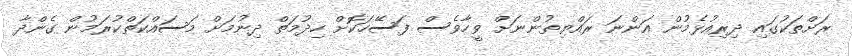
ރަށްތަކުގައި ދިރިއުޅެމުން އަންނަ ރައްޔިތުންނަށް ވީހާވެސް ފަސޭހަކޮށް ހިދުމަތް ދިނުމަށް މަސައްކަތްކުރަމުން ގެންދާ